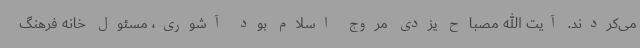
می‌کردند. آیت الله مصباح یزدی مروج اسلام بود آشوری، مسئول خانه فرهنگ